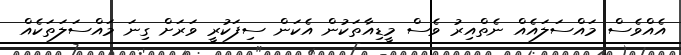
އެއްވެސް މައްސަލައެއް ނެތްއިރު ވެސް މީޑިއާތަކުން އެކަން ސިފަކުރީ ވަރަށް ގިނަ މައްސަލަތަކެއް